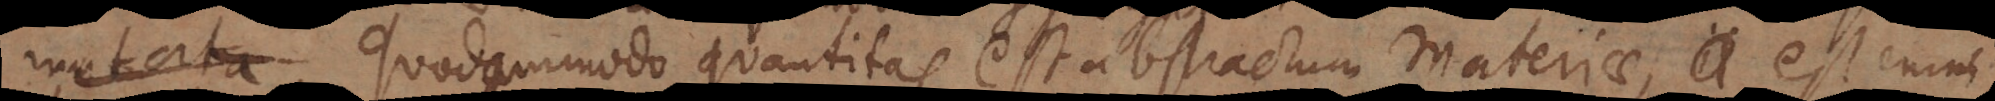
es. Quodammodo quantitas est abstractum Materiae, est enim